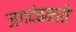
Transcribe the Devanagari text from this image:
जगदंबमाते